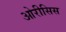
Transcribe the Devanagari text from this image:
ओरीसिस